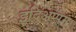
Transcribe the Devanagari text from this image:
इदिअप्पम